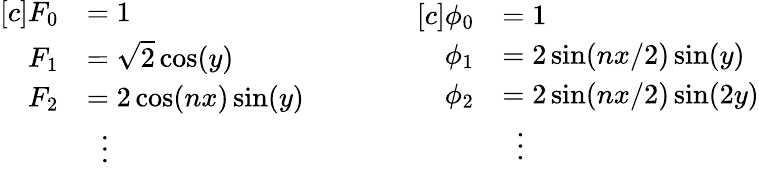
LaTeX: \begin{array}{rl}{[c]F_{0}}&{=1}\\ {F_{1}}&{=\sqrt{2}\cos(y)}\\ {F_{2}}&{=2\cos(nx)\sin(y)}\\ &{\ \ \vdots}\end{array}\qquad\qquad\begin{array}{rl}{[c]\phi_{0}}&{=1}\\ {\phi_{1}}&{=2\sin(nx/2)\sin(y)}\\ {\phi_{2}}&{=2\sin(nx/2)\sin(2y)}\\ &{\ \ \vdots}\end{array}